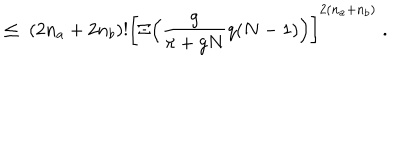
\leq \; ( 2 n _ { a } + 2 n _ { b } ) ! \bigg [ \Xi \Big ( \frac { g } { \pi + g N } q ( N - 1 ) \Big ) \bigg ] ^ { 2 ( n _ { a } + n _ { b } ) } \; .